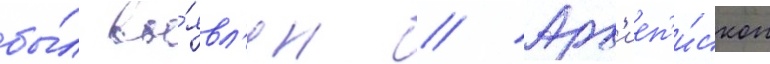
бы́л вы́явл'ен // Арх'иеп'и́скоп